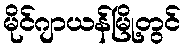
မိုင်ဂျာယန်မြို့တွင်